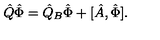
\hat { Q } \hat { \Phi } = \hat { Q } _ { B } \hat { \Phi } + [ \hat { A } , \hat { \Phi } ] .